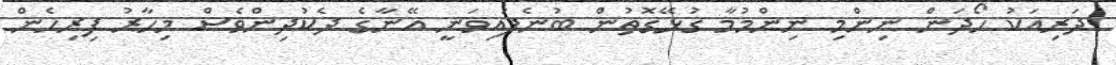
ދަރިއަކު ހޯދަން ނިންމި ނިންމުމާ ގުޅޭގޮތުން ބުނެފައިވަނީ އޭނާގެ ދެކުދިންވެސް މިހާރު ފިރިހެން